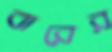
বারের